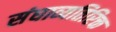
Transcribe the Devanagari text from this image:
संघाव्यतिरिक्त